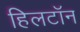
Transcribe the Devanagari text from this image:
हिलटॉन